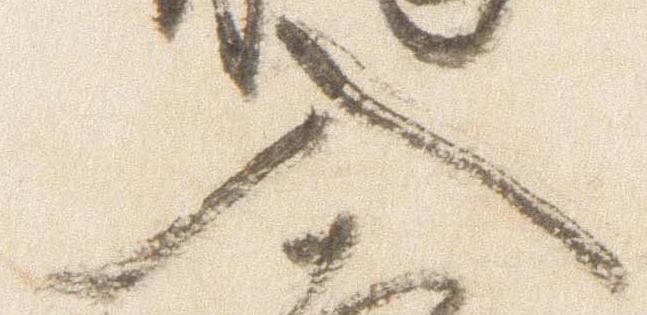
入